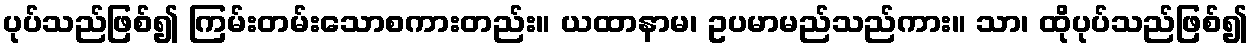
ပုပ်သည်ဖြစ်၍ ကြမ်းတမ်းသောစကားတည်း။ ယထာနာမ၊ ဥပမာမည်သည်ကား။ သာ၊ ထိုပုပ်သည်ဖြစ်၍